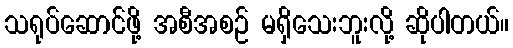
သရုပ်ဆောင်ဖို့ အစီအစဉ် မရှိသေးဘူးလို့ ဆိုပါတယ်။